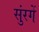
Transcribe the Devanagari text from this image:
सुंरगें